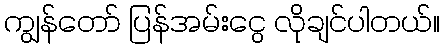
ကျွန်တော် ပြန်အမ်းငွေ လိုချင်ပါတယ်။